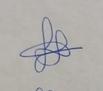
Signature authenticity: genuine